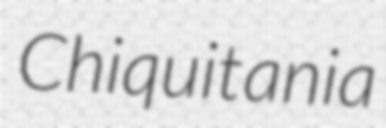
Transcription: Chiquitania